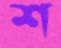
শ